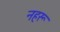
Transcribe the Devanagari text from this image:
नहरू